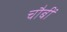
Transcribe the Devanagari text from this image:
चौबीं